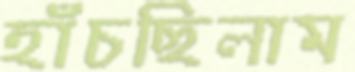
হাঁচছিলাম